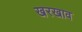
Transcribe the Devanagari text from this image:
खरखाव